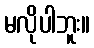
မလိုပါဘူး။